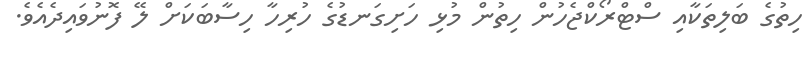
ހިތުގެ ބަލިތަކާއި ސްޓްރޯކްޖެހުން ހިތުން މުޅި ހަށިގަނޑުގެ ހުރިހާ ހިސާބަކަށް ލޭ ފޮނުވައިދެއެވެ.